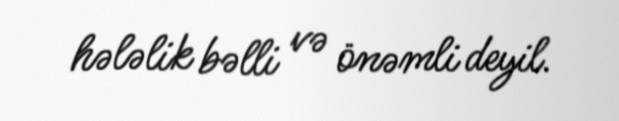
hələlik bəlli və önəmli deyil.